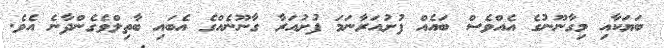
ބަޔަކާއި މިގާނޫނުގެ އެއްވެސް ބައެއް ފުށުއަރާނަމަ ފުށުއަރާ ގާނޫނެއްގެ އެބައި ބާތިލްވެގެންދާނެ އެވެ.